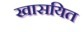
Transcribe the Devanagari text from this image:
खासयित